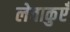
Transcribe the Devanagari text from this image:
लेवाकुएँ